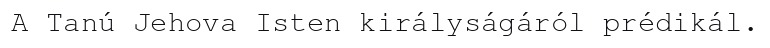
A Tanú Jehova Isten királyságáról prédikál.